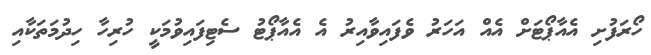
ހޯރަފުށި އެއާޕޯޓަށް އެއް އަހަރު ވެފައިވާއިރު އެ އެއާޕޯޓު ސެޓިފައިވުމަކީ ހުރިހާ ހިދުމަތަކާއި